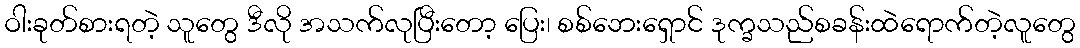
ဝါးခုတ်စားရတဲ့ သူတွေ ဒီလို အသက်လုပြီးတော့ ပြေး၊ စစ်ဘေးရှောင် ဒုက္ခသည်စခန်းထဲရောက်တဲ့လူတွေ